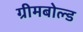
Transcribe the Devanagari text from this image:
ग्रीमबोल्ड